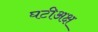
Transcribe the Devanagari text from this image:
घटीअक्ष